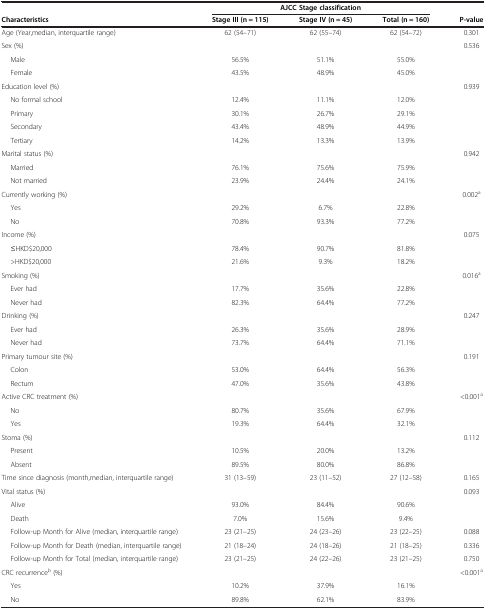
<table><thead><tr><td><b> </b></td><td colspan="3"><b>AJCC Stage classification</b></td><td><b> </b></td></tr><tr><td><b>Characteristics</b></td><td><b>Stage III (n = 115)</b></td><td><b>Stage IV (n = 45)</b></td><td><b>Total (n = 160)</b></td><td><b>P-value</b></td></tr></thead><tbody><tr><td>Age (Year,median, interquartile range)</td><td>62 (54–71)</td><td>62 (55–74)</td><td>62 (54–72)</td><td>0.301</td></tr><tr><td>Sex (%)</td><td> </td><td> </td><td> </td><td>0.536</td></tr><tr><td>Male</td><td>56.5%</td><td>51.1%</td><td>55.0%</td><td> </td></tr><tr><td>Female</td><td>43.5%</td><td>48.9%</td><td>45.0%</td><td> </td></tr><tr><td>Education level (%)</td><td> </td><td> </td><td> </td><td>0.939</td></tr><tr><td>No formal school</td><td>12.4%</td><td>11.1%</td><td>12.0%</td><td> </td></tr><tr><td>Primary</td><td>30.1%</td><td>26.7%</td><td>29.1%</td><td> </td></tr><tr><td>Secondary</td><td>43.4%</td><td>48.9%</td><td>44.9%</td><td> </td></tr><tr><td>Tertiary</td><td>14.2%</td><td>13.3%</td><td>13.9%</td><td> </td></tr><tr><td>Marital status (%)</td><td> </td><td> </td><td> </td><td>0.942</td></tr><tr><td>Married</td><td>76.1%</td><td>75.6%</td><td>75.9%</td><td> </td></tr><tr><td>Not married</td><td>23.9%</td><td>24.4%</td><td>24.1%</td><td> </td></tr><tr><td>Currently working (%)</td><td> </td><td> </td><td> </td><td>0.002<sup>a</sup></td></tr><tr><td>Yes</td><td>29.2%</td><td>6.7%</td><td>22.8%</td><td> </td></tr><tr><td>No</td><td>70.8%</td><td>93.3%</td><td>77.2%</td><td> </td></tr><tr><td>Income (%)</td><td> </td><td> </td><td> </td><td>0.075</td></tr><tr><td>≤HKD$20,000</td><td>78.4%</td><td>90.7%</td><td>81.8%</td><td> </td></tr><tr><td>&gt;HKD$20,000</td><td>21.6%</td><td>9.3%</td><td>18.2%</td><td> </td></tr><tr><td>Smoking (%)</td><td> </td><td> </td><td> </td><td>0.016<sup>a</sup></td></tr><tr><td>Ever had</td><td>17.7%</td><td>35.6%</td><td>22.8%</td><td> </td></tr><tr><td>Never had</td><td>82.3%</td><td>64.4%</td><td>77.2%</td><td> </td></tr><tr><td>Drinking (%)</td><td> </td><td> </td><td> </td><td>0.247</td></tr><tr><td>Ever had</td><td>26.3%</td><td>35.6%</td><td>28.9%</td><td> </td></tr><tr><td>Never had</td><td>73.7%</td><td>64.4%</td><td>71.1%</td><td> </td></tr><tr><td>Primary tumour site (%)</td><td> </td><td> </td><td> </td><td>0.191</td></tr><tr><td>Colon</td><td>53.0%</td><td>64.4%</td><td>56.3%</td><td> </td></tr><tr><td>Rectum</td><td>47.0%</td><td>35.6%</td><td>43.8%</td><td> </td></tr><tr><td>Active CRC treatment (%)</td><td> </td><td> </td><td> </td><td>&lt;0.001<sup>a</sup></td></tr><tr><td>No</td><td>80.7%</td><td>35.6%</td><td>67.9%</td><td> </td></tr><tr><td>Yes</td><td>19.3%</td><td>64.4%</td><td>32.1%</td><td> </td></tr><tr><td>Stoma (%)</td><td> </td><td> </td><td> </td><td>0.112</td></tr><tr><td>Present</td><td>10.5%</td><td>20.0%</td><td>13.2%</td><td> </td></tr><tr><td>Absent</td><td>89.5%</td><td>80.0%</td><td>86.8%</td><td> </td></tr><tr><td>Time since diagnosis (month,median, interquartile range)</td><td>31 (13–59)</td><td>23 (11–52)</td><td>27 (12–58)</td><td>0.165</td></tr><tr><td>Vital status (%)</td><td> </td><td> </td><td> </td><td>0.093</td></tr><tr><td>Alive</td><td>93.0%</td><td>84.4%</td><td>90.6%</td><td> </td></tr><tr><td>Death</td><td>7.0%</td><td>15.6%</td><td>9.4%</td><td> </td></tr><tr><td>Follow-up Month for Alive (median, interquartile range)</td><td>23 (21–25)</td><td>24 (23–26)</td><td>23 (22–25)</td><td>0.088</td></tr><tr><td>Follow-up Month for Death (median, interquartile range)</td><td>21 (18–24)</td><td>24 (18–26)</td><td>21 (18–25)</td><td>0.336</td></tr><tr><td>Follow-up Month for Total (median, interquartile range)</td><td>23 (21–25)</td><td>24 (22–26)</td><td>23 (21–25)</td><td>0.750</td></tr><tr><td>CRC recurrence<sup>b</sup> (%)</td><td> </td><td> </td><td> </td><td>&lt;0.001<sup>a</sup></td></tr><tr><td>Yes</td><td>10.2%</td><td>37.9%</td><td>16.1%</td><td> </td></tr><tr><td>No</td><td>89.8%</td><td>62.1%</td><td>83.9%</td><td> </td></tr></tbody></table>